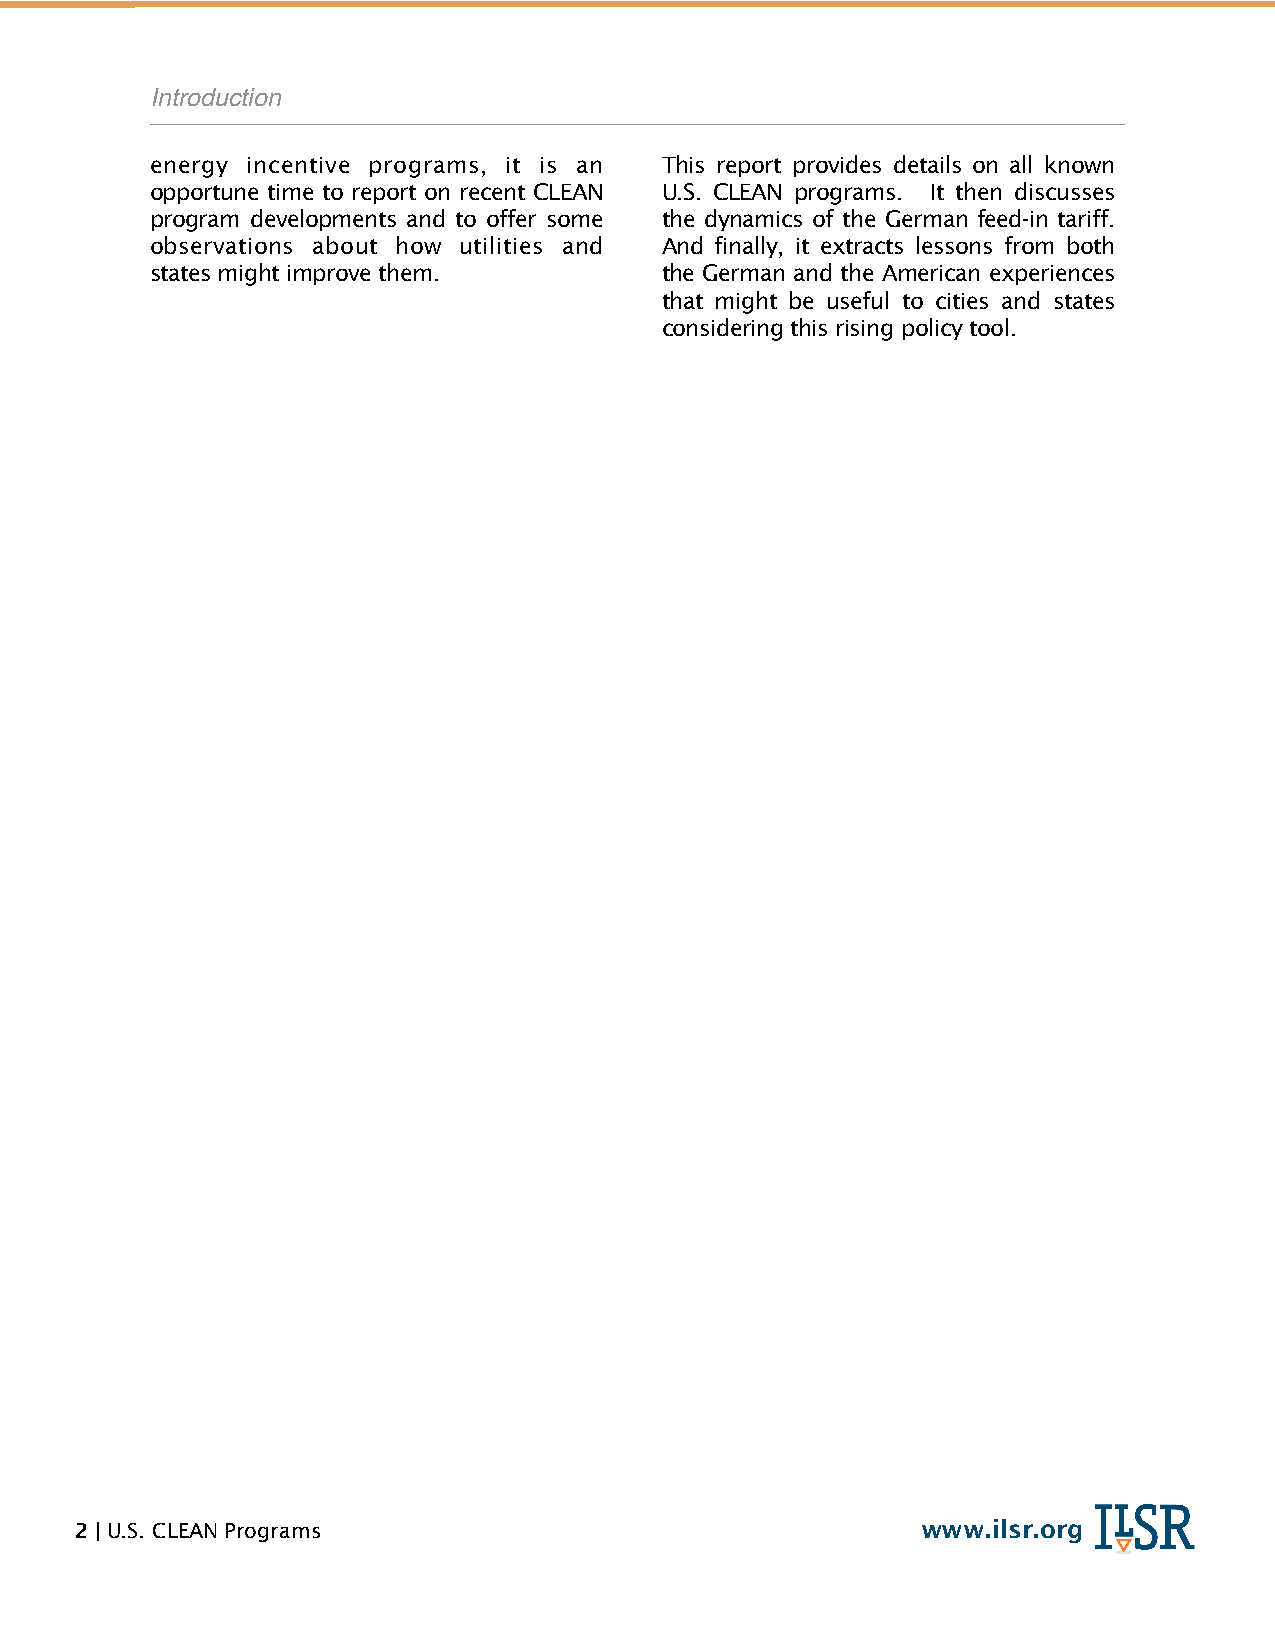
!
 !         Introduction
 energy incentive programs, it is an This report provides details on all known
 opportune time to report on recent CLEAN U.S. CLEAN programs. It then discusses
 program developments and to offer some the dynamics of the German feed-in tariff.
 observations about how utilities and And finally, it extracts lessons from both
 states might improve them.        the German and the American experiences
 that might be useful to cities and states
 considering this rising policy tool.
 2 | U.S. CLEAN Programs                                 www.ilsr.org